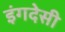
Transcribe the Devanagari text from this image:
इंगदेसी